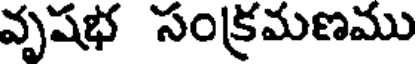
వృషభ సంక్రమణము